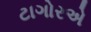
ટાગોરએ